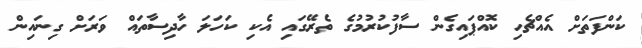
ކަންފަތަށް އެއްޗެހި ކޮއްޕައިގެން ސާފުކުރުމުގެ ތެރޭގައި އެކި ކަހަލަ ހާދިސާތައް ވަރަށް ގިނައިން